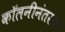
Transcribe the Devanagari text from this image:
कॉलनीनंतरचा